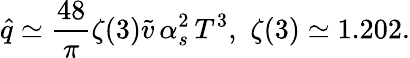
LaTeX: \hat{q}\simeq\frac{48}{\pi}\zeta(3)\tilde{v}\, \alpha_{s}^{2}\, T^{3},\, \, \zeta(3)\simeq 1.202.